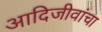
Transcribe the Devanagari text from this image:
आदिजीवांचा